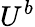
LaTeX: U^{b}